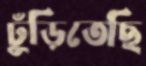
ঢুঁড়িতেছি